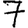
Digit: 7